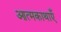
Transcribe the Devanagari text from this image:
आत्मकाथाएँ